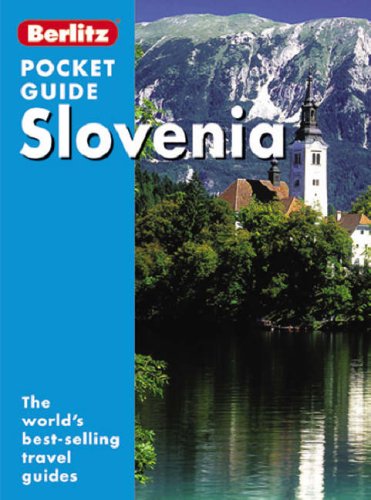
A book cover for Slovenia Berlitz Pocket Guide (Berlitz Pocket Guides); Slovenia Berlitz Pocket Guide (Berlitz Pocket Guides); Travel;